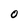
Character: 0